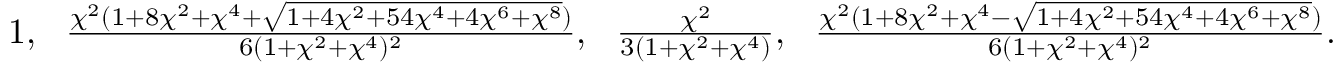
\textstyle 1 , \ \ \frac { \chi ^ { 2 } ( 1 + 8 \chi ^ { 2 } + \chi ^ { 4 } + \sqrt { 1 + 4 \chi ^ { 2 } + 5 4 \chi ^ { 4 } + 4 \chi ^ { 6 } + \chi ^ { 8 } } ) } { 6 ( 1 + \chi ^ { 2 } + \chi ^ { 4 } ) ^ { 2 } } , \ \ \frac { \chi ^ { 2 } } { 3 ( 1 + \chi ^ { 2 } + \chi ^ { 4 } ) } , \ \ \frac { \chi ^ { 2 } ( 1 + 8 \chi ^ { 2 } + \chi ^ { 4 } - \sqrt { 1 + 4 \chi ^ { 2 } + 5 4 \chi ^ { 4 } + 4 \chi ^ { 6 } + \chi ^ { 8 } } ) } { 6 ( 1 + \chi ^ { 2 } + \chi ^ { 4 } ) ^ { 2 } } .